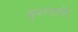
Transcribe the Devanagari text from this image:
सुपरजायेंट